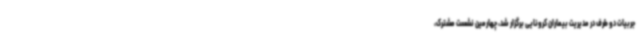
جربیات دو طرف در مدیریت بیماران کرونایی برگزار شد، چهارمین نشست مشترک،